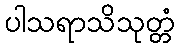
ပါသရာသိသုတ္တံ